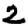
Digit: 2